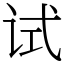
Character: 试